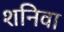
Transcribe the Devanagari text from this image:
शनिवा